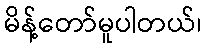
မိန့်တော်မူပါတယ်၊